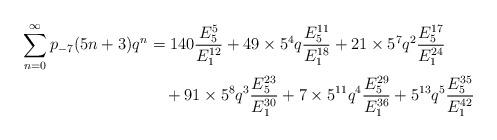
LaTeX: \begin{align*}\sum_{n=0}^{\infty}p_{-7}(5n+3)q^{n} &=140\dfrac{E_{5}^{5}}{E_{1}^{12}}+49\times5^{4}q\dfrac{E_{5}^{11}}{E_{1}^{18}}+21\times5^{7}q^{2}\dfrac{E_{5}^{17}}{E_{1}^{24}}\\ &\quad+91\times5^{8}q^{3}\dfrac{E_{5}^{23}}{E_{1}^{30}}+7\times5^{11}q^{4}\dfrac{E_{5}^{29}}{E_{1}^{36}} +5^{13}q^{5}\dfrac{E_{5}^{35}}{E_{1}^{42}}\end{align*}